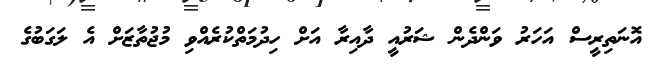
އޮނަތިރީސް އަހަރު ވަންދެން ޝަރުއީ ދާއިރާ އަށް ހިދުމަތްކުރެއްވި މުޖުތާޒަށް އެ ލަގަބުގެ